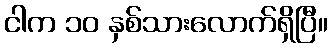
ငါက ၁၀ နှစ်သားလောက်ရှိပြီ။